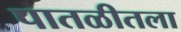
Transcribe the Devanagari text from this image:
पातळीतला